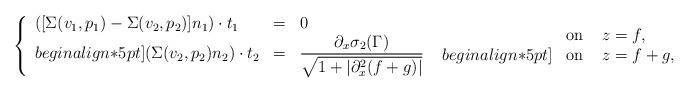
LaTeX: \begin{align*}\left\{\begin{array}{lcl} ([\Sigma(v_1,p_1)-\Sigma(v_2,p_2)]n_1) \cdot t_1 &=& 0 \\begin{align*}5pt] (\Sigma(v_2,p_2) n_2) \cdot t_2 &=& \displaystyle{\frac{\partial_x \sigma_2(\Gamma)}{\sqrt{1+|\partial_x^2 (f+g)|}}} \end{array}\right.\begin{array}{lcl}&\mbox{on}& \; z=f,\\begin{align*}5pt] &\mbox{on}& \; z=f+g, \end{array} \end{align*}